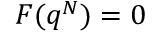
F ( q ^ { N } ) = 0